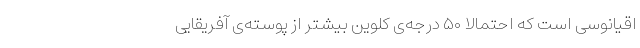
اقیانوسی است که احتمالا ۵۰ درجه‌ی کلوین بیشتر از پوسته‌ی آفریقایی